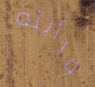
ورأيته